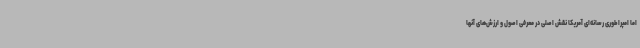
اما امپراطوری رسانه‌ای آمریکا نقش اصلی در معرفی اصول و ارزش‌های آنها